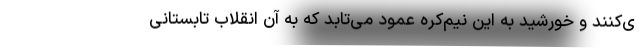
ی‌کنند و خورشید به این نیم‌کره عمود می‌تابد که به آن انقلاب تابستانی